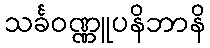
သင်္ခဝဏ္ဏူပနိဘာနိ